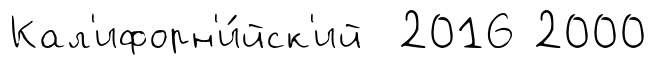
Кал'ифорн'и́йск'ий 2016 2000